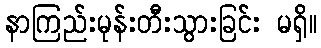
နာကြည်းမုန်းတီးသွားခြင်း မရှိ။